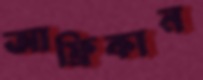
আফ্রিকান